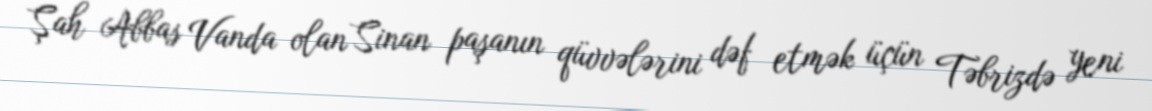
Şah Abbas Vanda olan Sinan paşanın qüvvələrini dəf etmək üçün Təbrizdə yeni